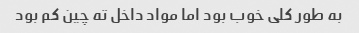
به طور کلی خوب بود اما مواد داخل ته چین کم بود